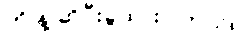
ကို နဲ့ ဆိုပီးခွဲထားပါတယ်။